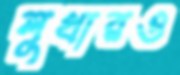
লুথারও